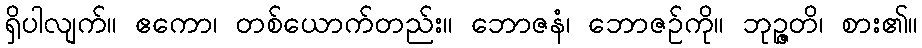
ရှိပါလျက်။ ဧကော၊ တစ်ယောက်တည်း။ ဘောဇနံ၊ ဘောဇဉ်ကို။ ဘုဉ္ဇတိ၊ စား၏။